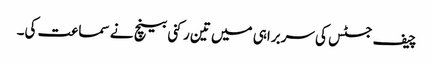
چیف جسٹس کی سربراہی میں تین رکنی بینچ نے سماعت کی۔